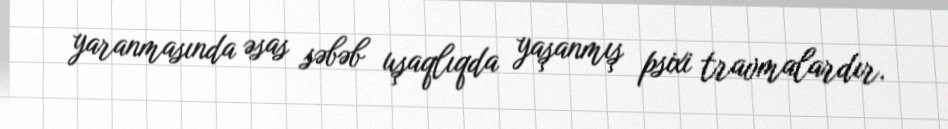
yaranmasında əsas səbəb uşaqlıqda yaşanmış psixi travmalardır.